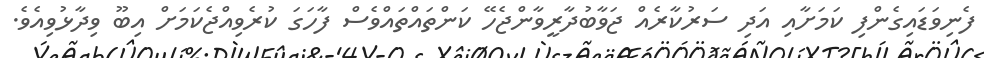
ފެނިވަޑައިގެންފި ކަމަށާއި އަދި ސަރުކާރެއް ޖަވާބުދާރީވާންޖެހޭ ކަންތައްތައްވެސް ފާހަގަ ކުރެވިއްޖެކަމަށް އިބޫ ވިދާޅުވިއެވެ.